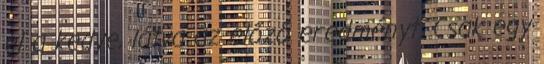
el a kedve, látva az előző eredményt. Csak egy